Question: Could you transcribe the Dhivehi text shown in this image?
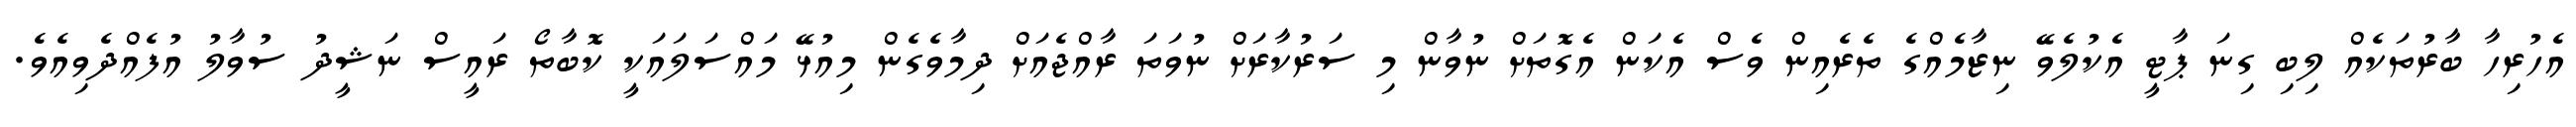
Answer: އެހުރިހާ ބާރުތަކެއް ލިބި ގިނަ ޕާޓީ އެކުލެވޭ ނިޒާމެއްގެ ތެރެއިން ވެސް އެކަން އެގޮތަށް ނުވާން މި ސަރުކާރަށް ނުވަތަ ރާއްޖެއަށް ދިމާވެގެން މިއުޅޭ މައްސަލައަކީ ކޮބާތޯ ރައީސް ނަޝީދު ސުވާލު އުފެއްދެވިއެވެ.